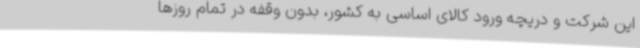
این شرکت و دریچه ورود کالای اساسی به کشور، بدون وقفه در تمام روزها